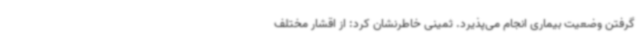
گرفتن وضعیت بیماری انجام می‌پذیرد. ثمینی خاطرنشان کرد: از اقشار مختلف